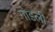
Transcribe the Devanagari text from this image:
गोडली